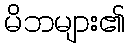
မိဘများ၏